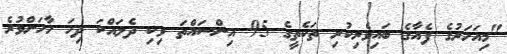
"މިއަހަރުގެ ފެއާގެ ބައިވެރިކުރި ތަކެތީގެ 95 އިންސައްތަ ވިކި ދެލައްކަ ދިހަ ހާހަށްވުރެ